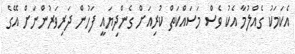
އެކަމަކު ގެއްލުމާ އެކު ވެސް މަސައްކަތް ކުރިއަށް ގެންދިޔައީ ފަހުން ދަރިވަރުންނަށް އޭގެ